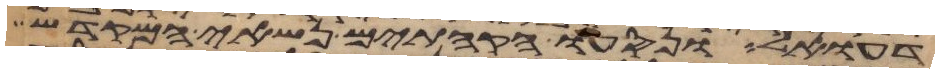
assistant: דעואל ונסעו הקהתים נשאי המקדש